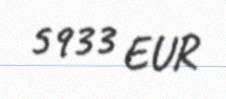
5933 EUR